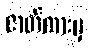
ဇာတ်ကားမှ